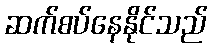
ဆက်စပ်နေနိုင်သည်